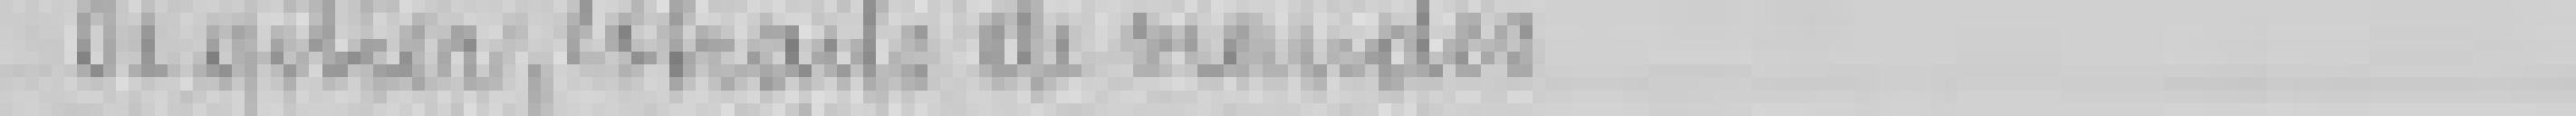
de gibier, extraites de viandes